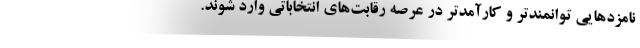
نامزد‌هایی توانمندتر و کارآمدتر در عرصه رقابت‌های انتخاباتی وارد شوند.